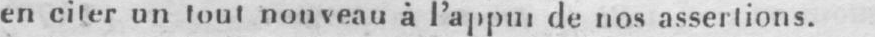
en citer un tout nouveau à l’appui de nos assertions.